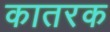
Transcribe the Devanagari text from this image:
कातरक